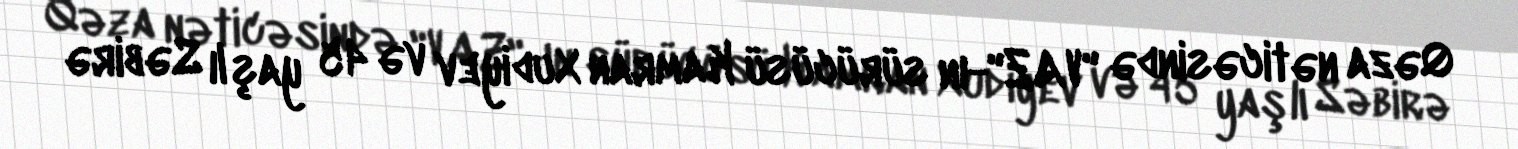
Qəza nəticəsində "VAZ"-ın sürücüsü Kamran Xudiyev və 45 yaşlı Səbirə